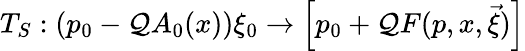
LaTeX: T_{S}:(p_{0}-\mathcal{Q}A_{0}(x))\xi_{0}\rightarrow\Big[p_{0}+\mathcal{Q}F(p,x,\vec{{\xi}})\Big]